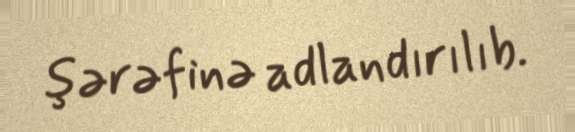
şərəfinə adlandırılıb.